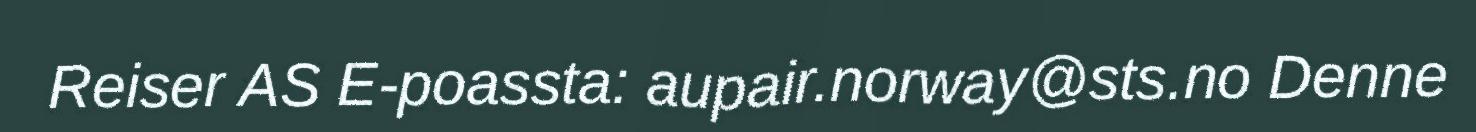
Reiser AS E-poassta: aupair.norway@sts.no Denne